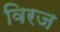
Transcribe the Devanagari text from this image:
विरज